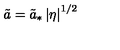
\tilde { a } = \tilde { a } _ { * } \left| \eta \right| ^ { 1 / 2 }